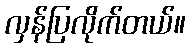
လှန်ပြလိုက်တယ်။